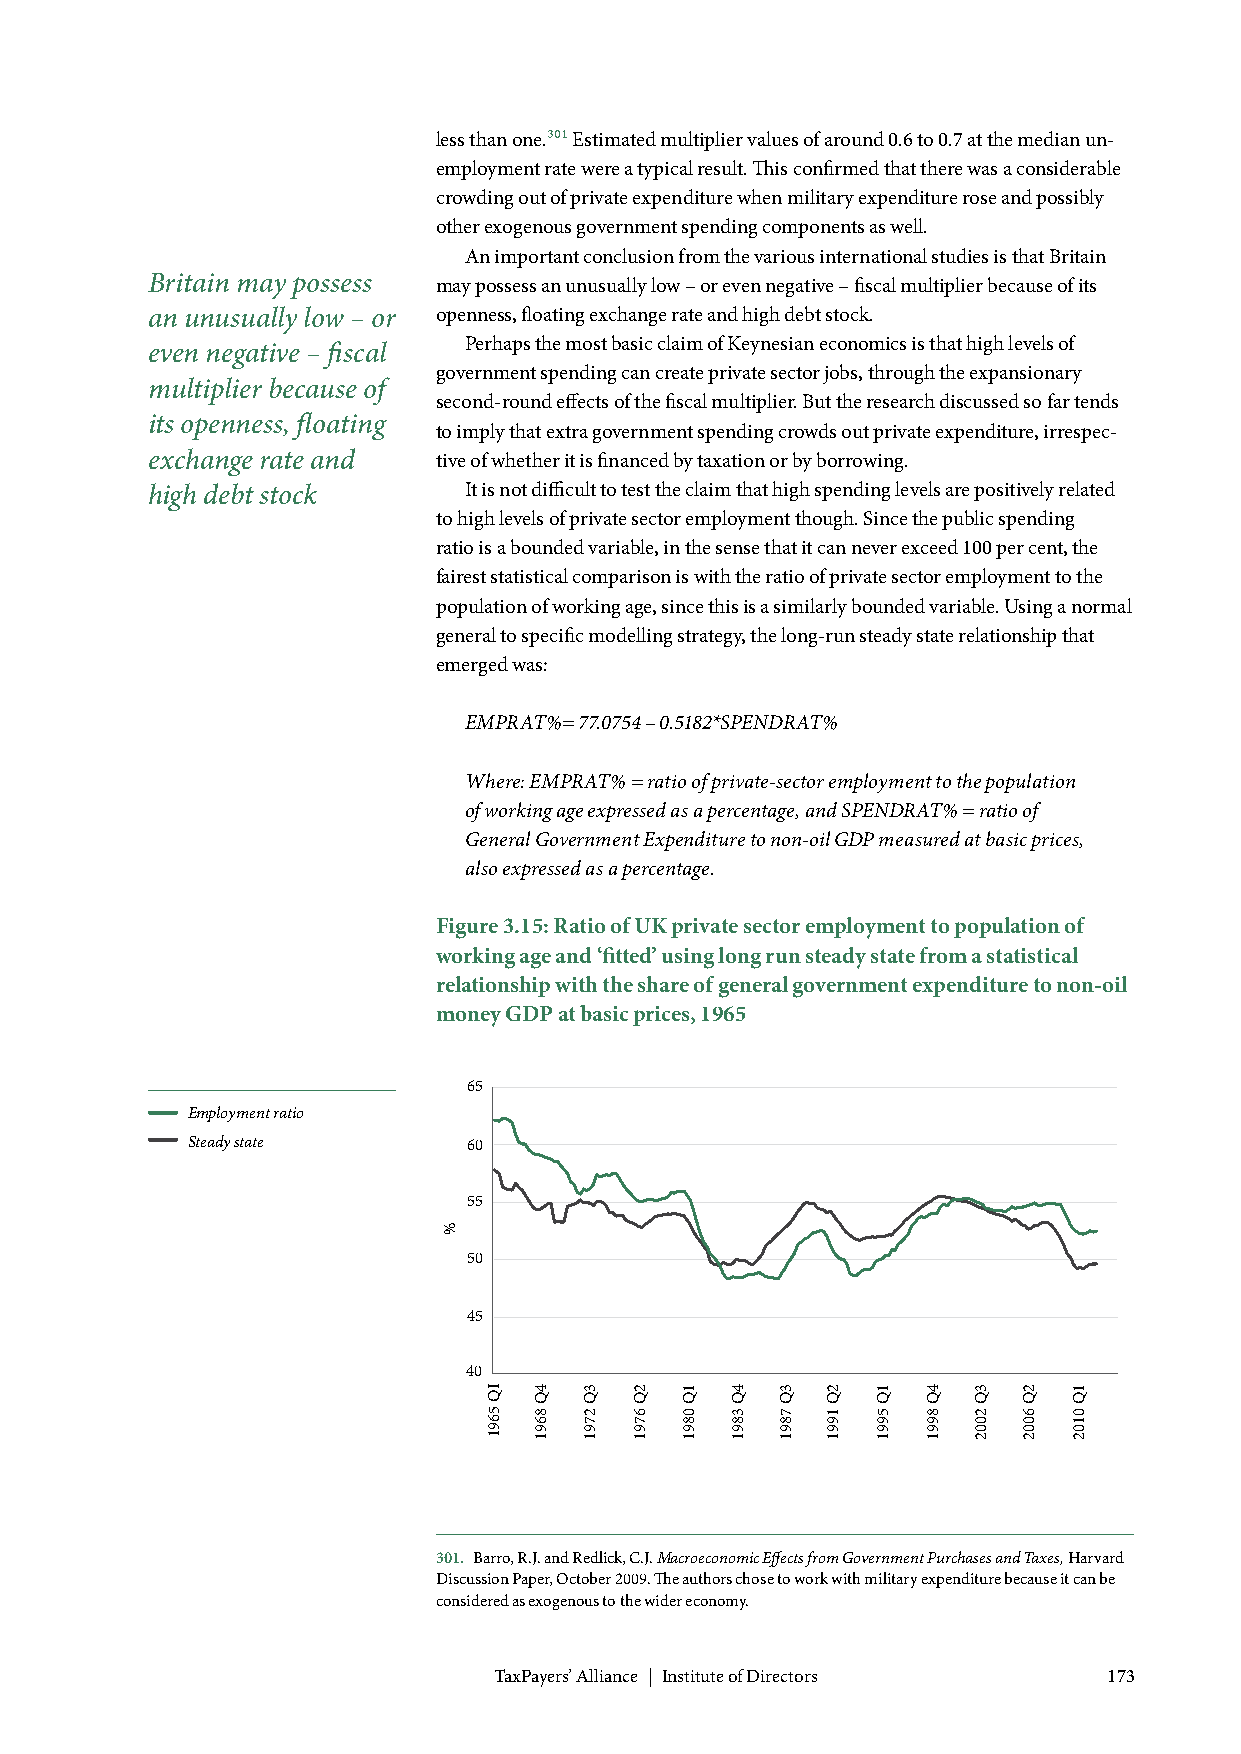
less than one.301 Estimated multiplier values of around 0.6 to 0.7 at the median un-
 employment rate were a typical result. This confirmed that there was a considerable
 crowding out of private expenditure when military expenditure rose and possibly
 other exogenous government spending components as well.
 An important conclusion from the various international studies is that Britain
 Britain may possess may possess an unusually low – or even negative – fiscal multiplier because of its
 an unusually low – or openness, floating exchange rate and high debt stock.
 Perhaps the most basic claim of Keynesian economics is that high levels of
 even negative – fiscal
 government spending can create private sector jobs, through the expansionary
 multiplier because of
 second-round effects of the fiscal multiplier. But the research discussed so far tends
 its openness, floating
 to imply that extra government spending crowds out private expenditure, irrespec-
 exchange rate and  tive of whether it is financed by taxation or by borrowing.
 high debt stock      It is not difficult to test the claim that high spending levels are positively related
 to high levels of private sector employment though. Since the public spending
 ratio is a bounded variable, in the sense that it can never exceed 100 per cent, the
 fairest statistical comparison is with the ratio of private sector employment to the
 population of working age, since this is a similarly bounded variable. Using a normal
 general to specific modelling strategy, the long-run steady state relationship that
 emerged was:
 EMPRAT%= 77.0754 – 0.5182*SPENDRAT%
 Where: EMPRAT% = ratio of private-sector employment to the population
 of working age expressed as a percentage, and SPENDRAT% = ratio of
 General Government Expenditure to non-oil GDP measured at basic prices,
 also expressed as a percentage.
 Figure 3.15: Ratio of UK private sector employment to population of
 working age and ‘fitted’ using long run steady state from a statistical
 relationship with the share of general government expenditure to non-oil
 money GDP at basic prices, 1965
 65
 Employment ratio
 Steady state       60
 55
 50
 45
 40
 301. Barro, R.J. and Redlick, C.J. Macroeconomic Effects from Government Purchases and Taxes, Harvard
 Discussion Paper, October 2009. The authors chose to work with military expenditure because it can be
 considered as exogenous to the wider economy.
 TaxPayers’ Alliance | Institute of Directors 173
 %
 IQ
 5691
 4Q
 8691
 3Q
 2791
 2Q
 6791
 1Q
 0891
 4Q
 3891
 3Q
 7891
 2Q
 1991
 1Q
 5991
 4Q
 8991
 3Q
 2002
 2Q
 6002
 1Q
 0102